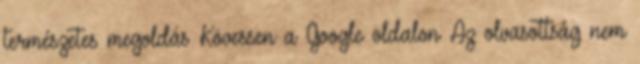
természetes megoldás Kövessen a Google oldalon Az olvasottság nem